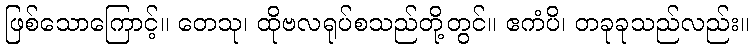
ဖြစ်သောကြောင့်။ တေသု၊ ထိုဗလရုပ်စသည်တို့တွင်။ ဧကံပိ၊ တခုခုသည်လည်း။